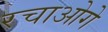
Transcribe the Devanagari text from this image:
रचाओगे